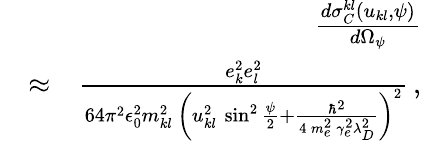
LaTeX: \begin{array}{rlr}&{}&{\frac{d\sigma_{C}^{kl}\left(u_{kl},\psi\right)}{d\Omega_{\psi}}}\\ &{\approx}&{\frac{e_{k}^{2}e_{l}^{2}}{64\pi^{2}\epsilon_{0}^{2}m_{kl}^{2}\, \left(u_{kl}^{2}\, \sin^{2}\frac{\psi}{2}+\frac{\hbar^{2}}{4\, m_{e}^{2}\, \gamma_{e}^{2}\lambda_{D}^{2}}\right)^{2}}\, ,}\end{array}